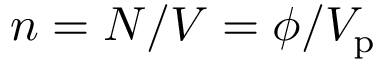
n = N / V = \phi / V _ { \mathrm { p } }